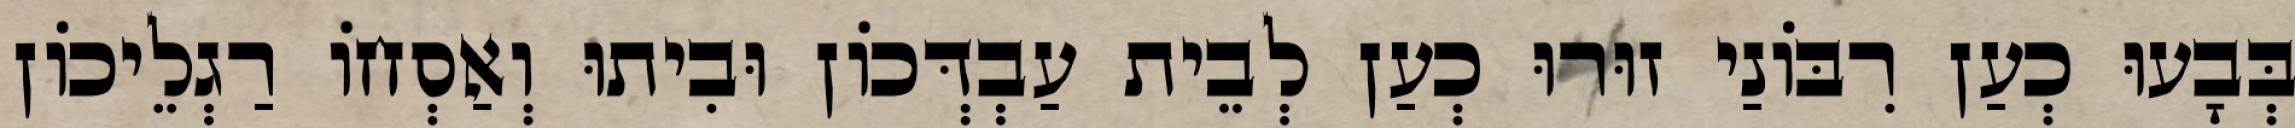
בְּבָעוּ כְעַן רִבּוֹנַי זוּרוּ כְעַן לְבֵית עַבְדְּכוֹן וּבִיתוּ וְאַסְחוֹ רַגְלֵיכוֹן